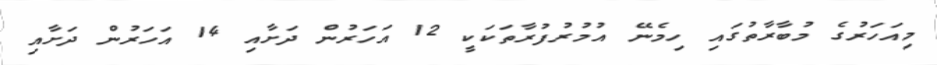
މިއަހަރުގެ މުބާރާތުގައި ހިމެނޭ އުމުރުފުރާތަކަކީ 12 އަހަރުން ދަށާއި 14 އަހަރުން ދަށާއި